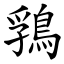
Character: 䳕